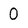
Character: O